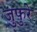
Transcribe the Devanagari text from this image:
जुफुरे